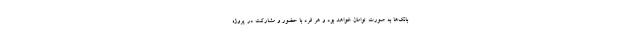
بانک‌ها به صورت توامان خواهد بود و هر فرد با حضور و مشارکت در پروژه